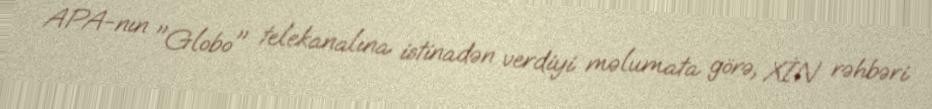
APA-nın "Globo" telekanalına istinadən verdiyi məlumata görə, XİN rəhbəri